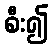
စီး၍